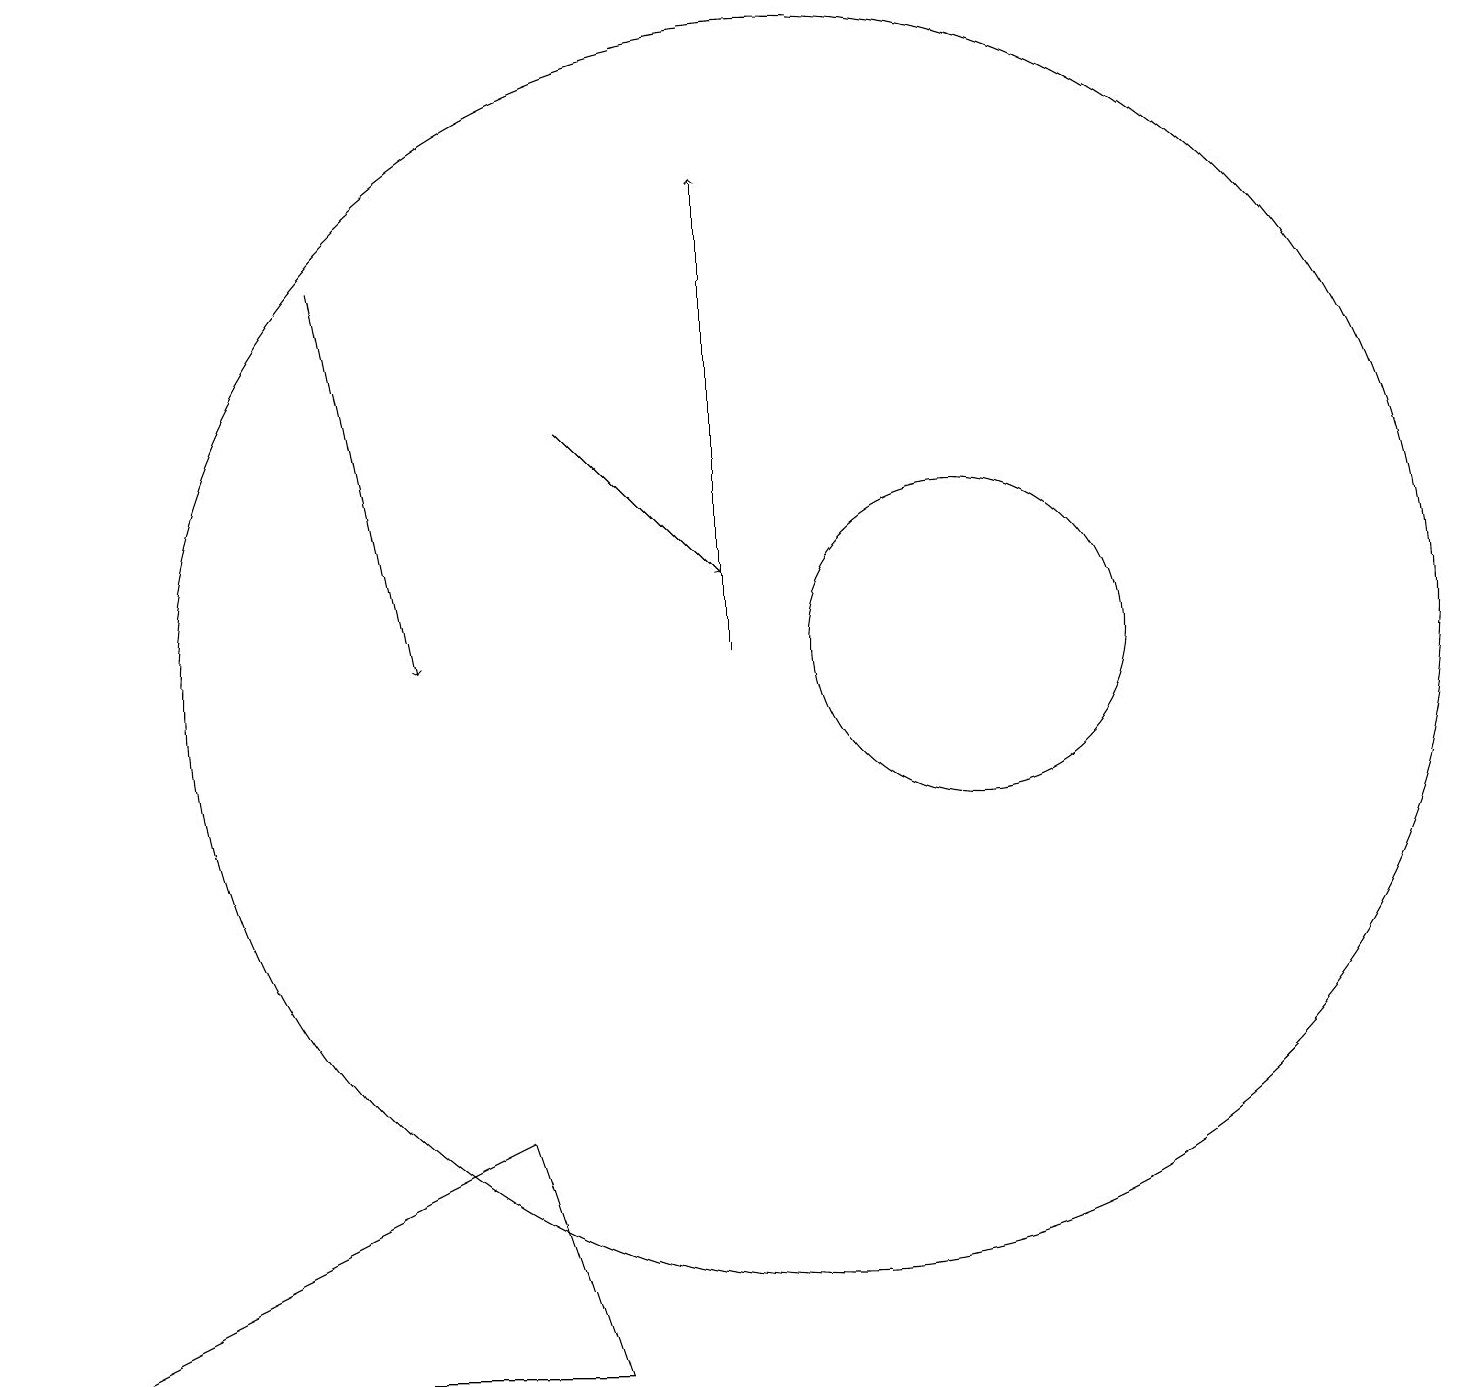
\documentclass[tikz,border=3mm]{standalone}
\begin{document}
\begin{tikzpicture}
\draw (10,11) circle (8);
\draw[->] (9,11) -- (9,17);
\draw (12,11) circle (2);
\draw[->] (7,14) -- (9,12);
\draw[->] (4,16) -- (5,11);
\draw (7,2) -- (0,2) -- (6,5) -- cycle;
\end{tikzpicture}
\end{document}